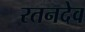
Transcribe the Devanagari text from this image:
रतनदेव